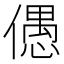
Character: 𠏋